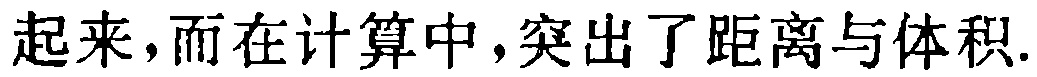
起来，而在计算中，突出了距离与体积.